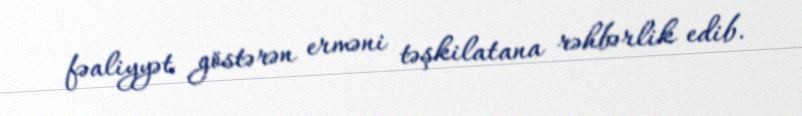
fəaliyyət göstərən erməni təşkilatana rəhbərlik edib.